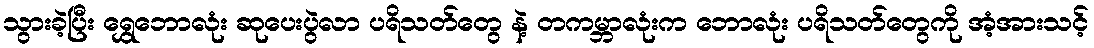
သွားခဲ့ပြီး ရွှေဘောလုံး ဆုပေးပွဲလာ ပရိသတ်တွေ နဲ့ တကမ္ဘာလုံးက ဘောလုံး ပရိသတ်တွေကို အံ့အားသင့်